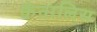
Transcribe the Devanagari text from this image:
कैनालिस